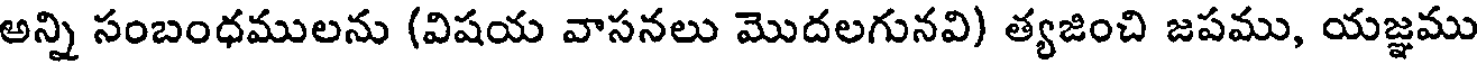
అన్ని సంబంధములను (విషయ వాసనలు మొదలగునవి) త్యజించి జపము, యజ్ఞము